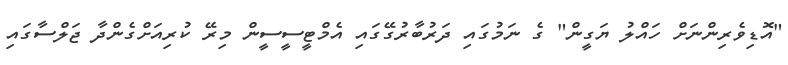
"އޮޑިވެރިންނަށް ހައްލު ޔަގީން" ގެ ނަމުގައި ދަރުބާރުގޭގައި އެމްޓީސީސީން މިރޭ ކުރިއަށްގެންދާ ޖަލްސާގައި